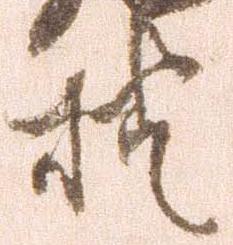
様